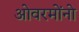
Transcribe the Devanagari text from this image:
ओवरमोंनो